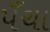
પઁચા